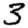
Digit: 3